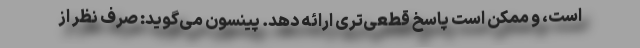
است، و ممکن است پاسخ قطعی‌تری ارائه دهد. پینسون می‌گوید: صرف نظر از